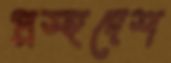
প্রস্হদেশ